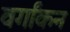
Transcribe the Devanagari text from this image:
वर्गांकन